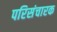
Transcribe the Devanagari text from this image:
परिसंचारक